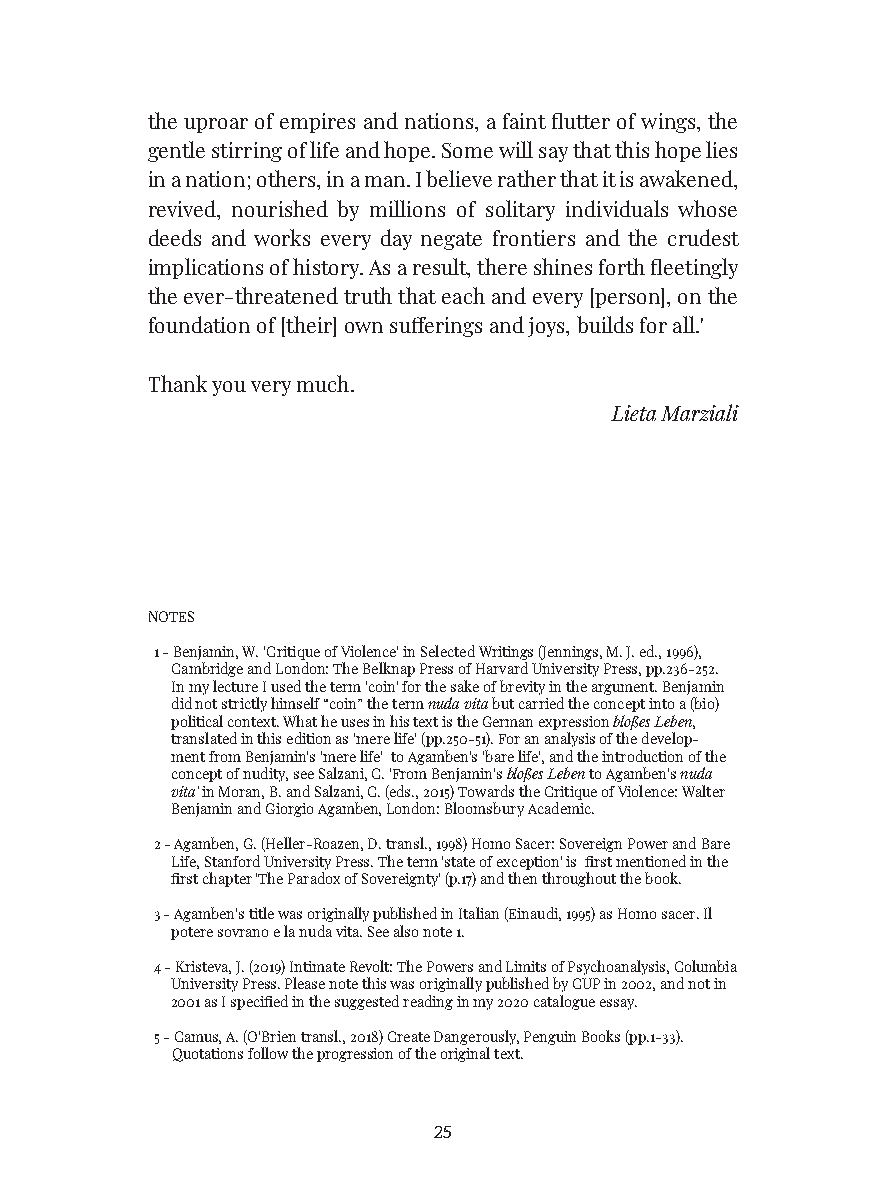
the uproar of empires and nations, a faint flutter of wings, the
 gentle stirring of life and hope. Some will say that this hope lies
 in a nation; others, in a man. I believe rather that it is awakened,
 revived, nourished by millions of solitary individuals whose
 deeds and works every day negate frontiers and the crudest
 implications of history. As a result, there shines forth fleetingly
 the ever-threatened truth that each and every [person], on the
 foundation of [their] own sufferings and joys, builds for all.'
 Thank you very much.
 Lieta Marziali
 NOTES
 1 - Benjamin, W. 'Critique of Violence' in Selected Writings (Jennings, M. J. ed., 1996),
 Cambridge and London: The Belknap Press of Harvard University Press, pp.236-252.
 In my lecture I used the term 'coin' for the sake of brevity in the argument. Benjamin
 did not strictly himself “coin” the term nuda vita but carried the concept into a (bio)
 political context. What he uses in his text is the German expression bloßes Leben,
 translated in this edition as 'mere life' (pp.250-51). For an analysis of the develop-
 ment from Benjamin's 'mere life' to Agamben's 'bare life', and the introduction of the
 concept of nudity, see Salzani, C. 'From Benjamin's bloßes Leben to Agamben's nuda
 vita' in Moran, B. and Salzani, C. (eds., 2015) Towards the Critique of Violence: Walter
 Benjamin and Giorgio Agamben, London: Bloomsbury Academic.
 2 - Agamben, G. (Heller-Roazen, D. transl., 1998) Homo Sacer: Sovereign Power and Bare
 Life, Stanford University Press. The term 'state of exception' is first mentioned in the
 first chapter 'The Paradox of Sovereignty' (p.17) and then throughout the book.
 3 - Agamben's title was originally published in Italian (Einaudi, 1995) as Homo sacer. Il
 potere sovrano e la nuda vita. See also note 1.
 4 - Kristeva, J. (2019) Intimate Revolt: The Powers and Limits of Psychoanalysis, Columbia
 University Press. Please note this was originally published by CUP in 2002, and not in
 2001 as I specified in the suggested reading in my 2020 catalogue essay.
 5 - Camus, A. (O'Brien transl., 2018) Create Dangerously, Penguin Books (pp.1-33).
 Quotations follow the progression of the original text.
 25